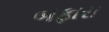
બફારા